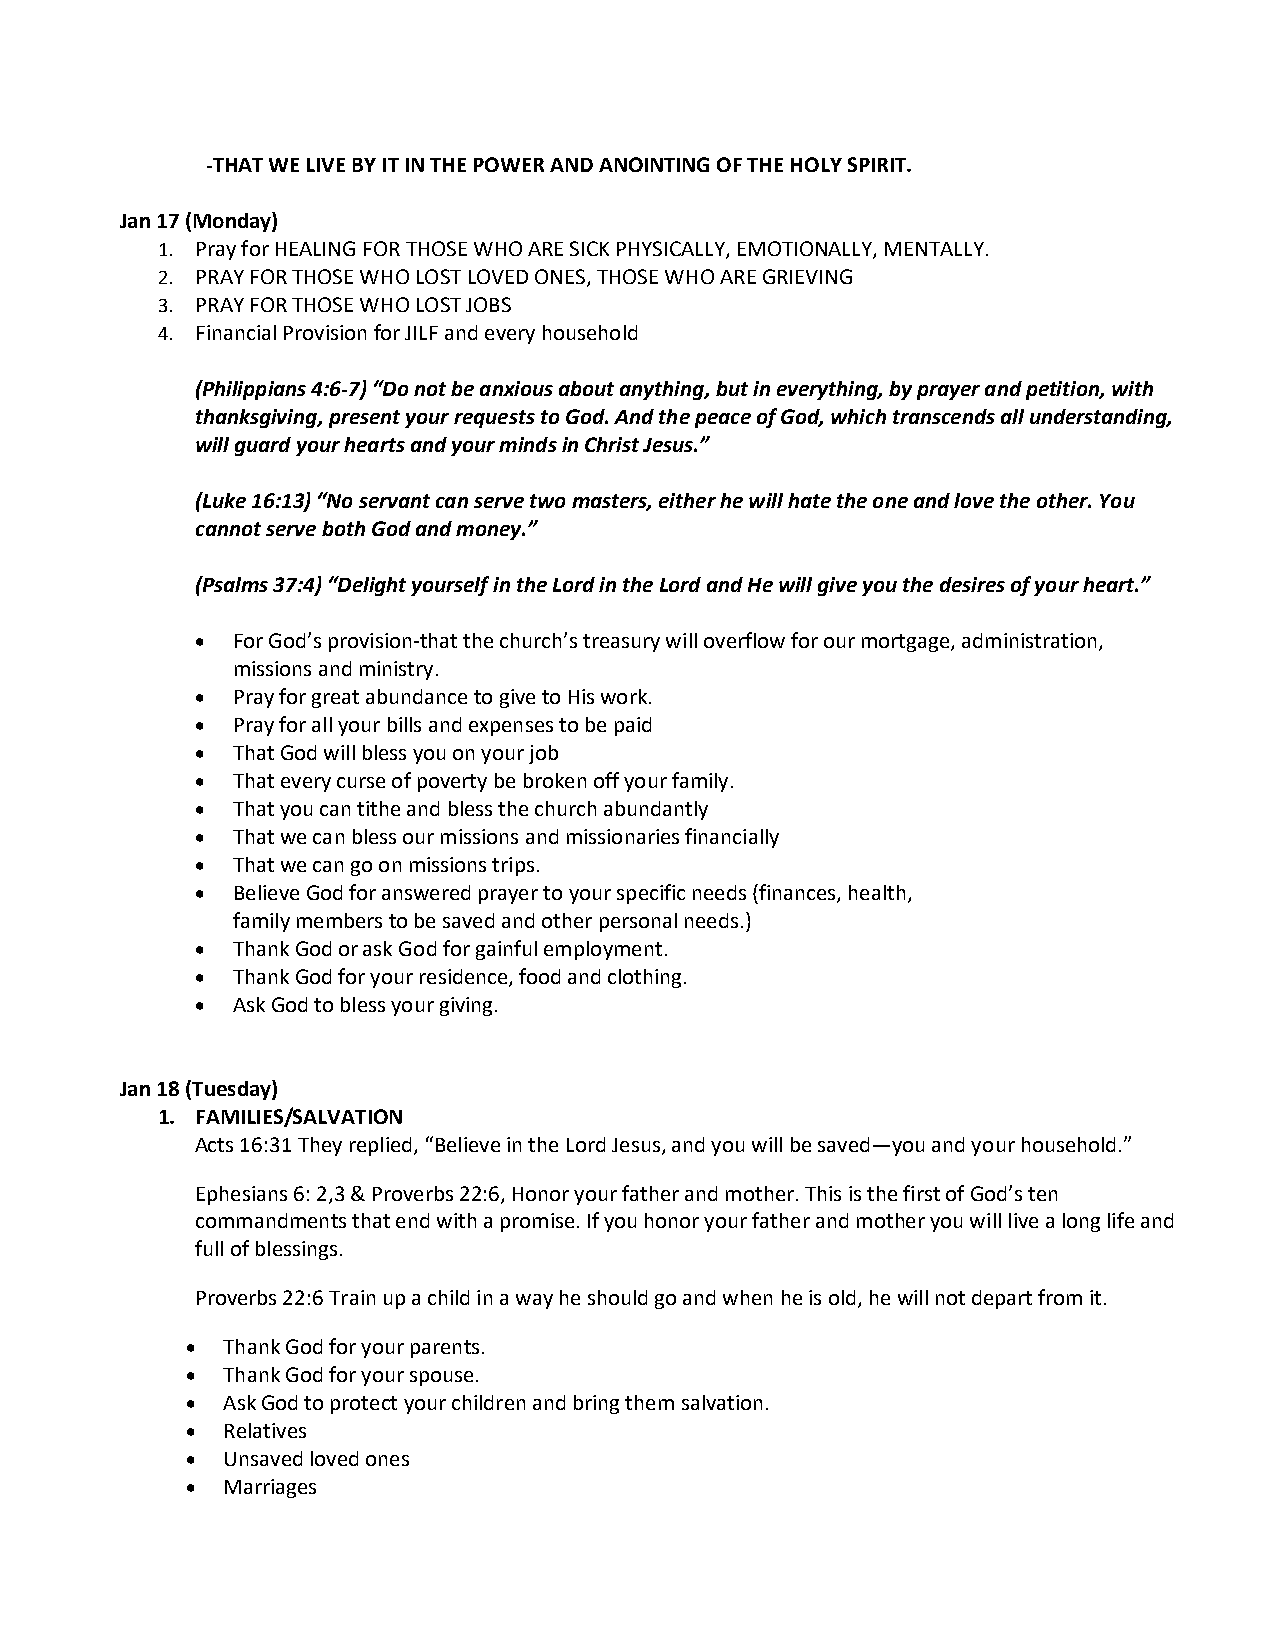
-THAT WE LIVE BY IT IN THE POWER AND ANOINTING OF THE HOLY SPIRIT.
 Jan 17 (Monday)
 1. Pray for HEALING FOR THOSE WHO ARE SICK PHYSICALLY, EMOTIONALLY, MENTALLY.
 2. PRAY FOR THOSE WHO LOST LOVED ONES, THOSE WHO ARE GRIEVING
 3. PRAY FOR THOSE WHO LOST JOBS
 4. Financial Provision for JILF and every household
 (Philippians 4:6-7) “Do not be anxious about anything, but in everything, by prayer and petition, with
 thanksgiving, present your requests to God. And the peace of God, which transcends all understanding,
 will guard your hearts and your minds in Christ Jesus.”
 (Luke 16:13) “No servant can serve two masters, either he will hate the one and love the other. You
 cannot serve both God and money.”
 (Psalms 37:4) “Delight yourself in the Lord in the Lord and He will give you the desires of your heart.”
 • For God’s provision-that the church’s treasury will overflow for our mortgage, administration,
 missions and ministry.
 • Pray for great abundance to give to His work.
 • Pray for all your bills and expenses to be paid
 • That God will bless you on your job
 • That every curse of poverty be broken off your family.
 • That you can tithe and bless the church abundantly
 • That we can bless our missions and missionaries financially
 • That we can go on missions trips.
 • Believe God for answered prayer to your specific needs (finances, health,
 family members to be saved and other personal needs.)
 • Thank God or ask God for gainful employment.
 • Thank God for your residence, food and clothing.
 • Ask God to bless your giving.
 Jan 18 (Tuesday)
 1. FAMILIES/SALVATION
 Acts 16:31 They replied, “Believe in the Lord Jesus, and you will be saved—you and your household.”
 Ephesians 6: 2,3 & Proverbs 22:6, Honor your father and mother. This is the first of God’s ten
 commandments that end with a promise. If you honor your father and mother you will live a long life and
 full of blessings.
 Proverbs 22:6 Train up a child in a way he should go and when he is old, he will not depart from it.
 •  Thank God for your parents.
 •  Thank God for your spouse.
 •  Ask God to protect your children and bring them salvation.
 •  Relatives
 •  Unsaved loved ones
 •  Marriages